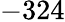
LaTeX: -324